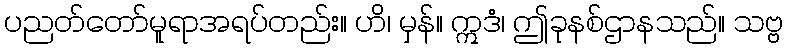
ပညတ်တော်မူရာအရပ်တည်း။ ဟိ၊ မှန်။ ဣဒံ၊ ဤခုနစ်ဌာနသည်။ သဗ္ဗ